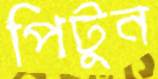
পিটুন